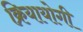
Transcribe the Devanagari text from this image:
क्रियायोगी